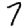
Digit: 7